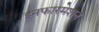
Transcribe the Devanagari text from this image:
इनफारमेशन